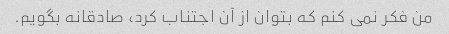
من فکر نمی کنم که بتوان از آن اجتناب کرد، صادقانه بگویم.